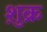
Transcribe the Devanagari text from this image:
शु़क्र